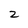
Character: 2